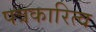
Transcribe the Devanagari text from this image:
पत्रकारित्व